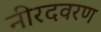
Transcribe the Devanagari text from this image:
नीरदवरण